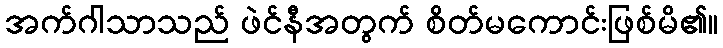
အက်ဂါသာသည် ဖဲင်နီအတွက် စိတ်မကောင်းဖြစ်မိ၏။